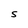
Character: S